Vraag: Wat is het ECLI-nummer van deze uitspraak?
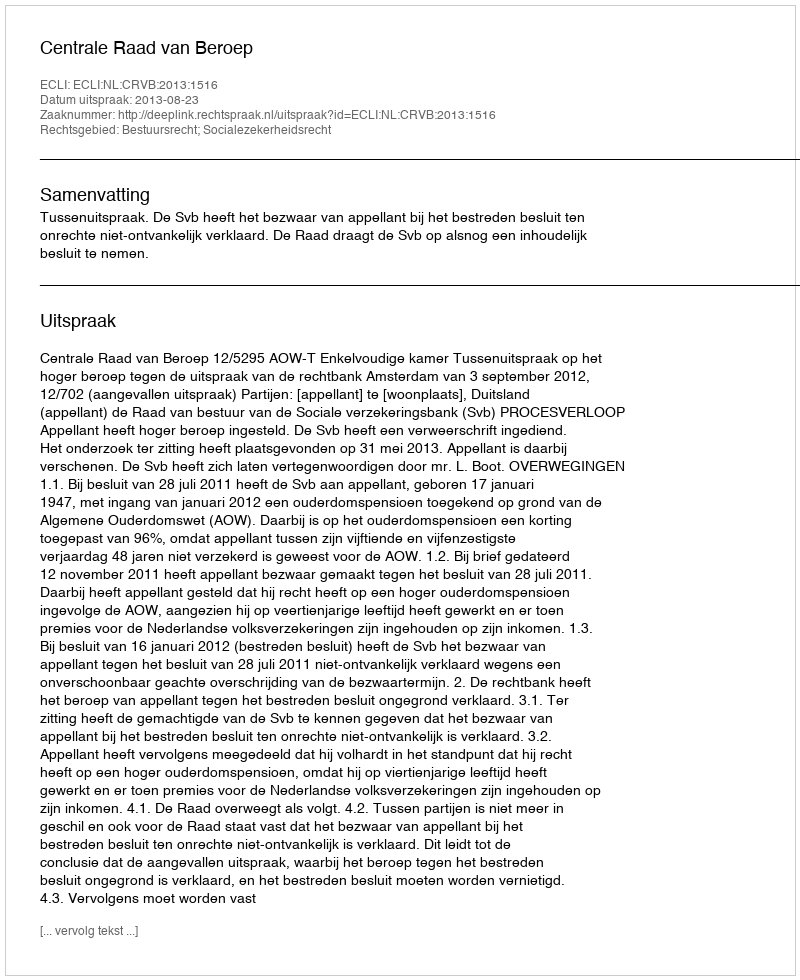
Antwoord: ECLI:NL:CRVB:2013:1516